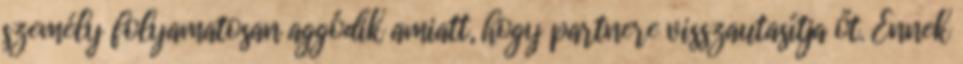
személy folyamatosan aggódik amiatt, hogy partnere visszautasítja őt. Ennek